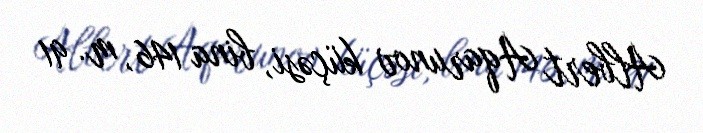
Albert Aqarunov küçəsi, bina 146, m. 91